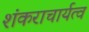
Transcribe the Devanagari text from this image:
शंकराचार्यत्व